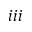
i i i